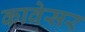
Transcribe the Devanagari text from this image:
कावेसर